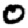
Digit: 0